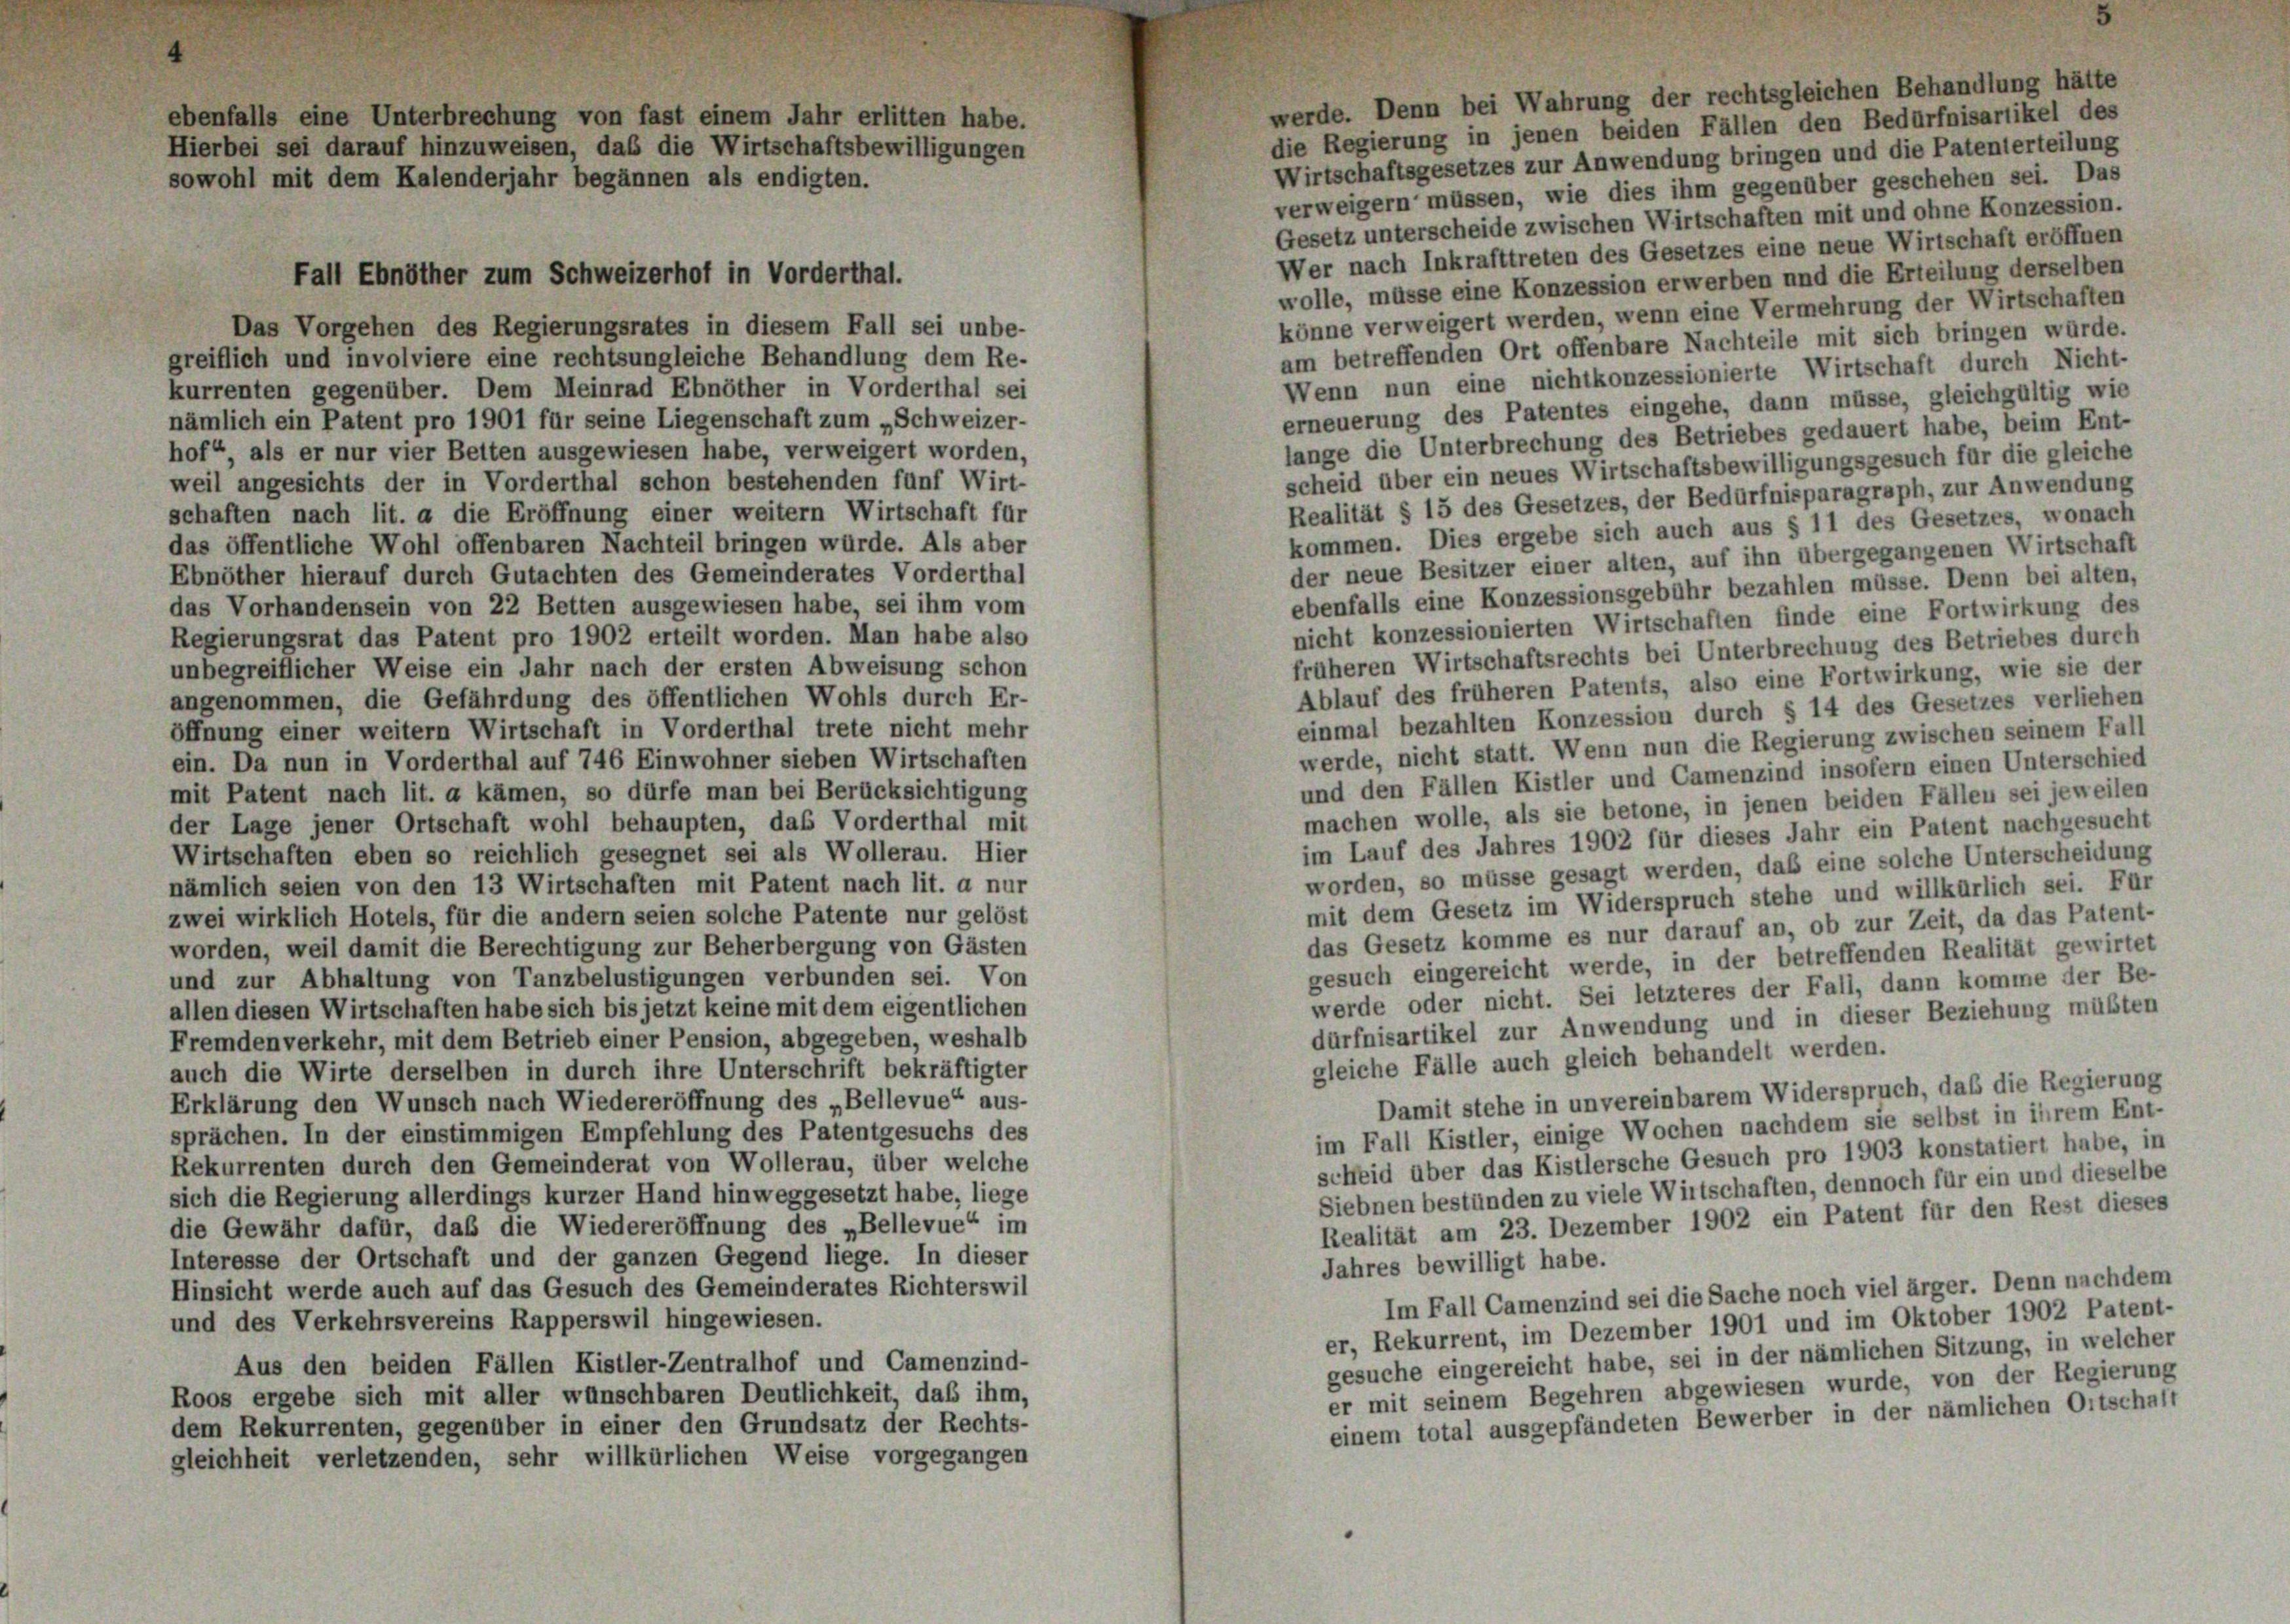
ebenfalls eine Unterbrechung von fast einem Jahr erlitten habe.
Hierbei sei darauf hinzuweisen, daß die Wirtschaftsbewilligungen
owohl mit dem Kalenderjahr begannen als endigten.

Fall Ebnöther zum Schweizerhof in Vorderthal.

sgleichen Behandlung hätte

die Regierung in jenen beiden Fällen den Bedürfnisartikel des
Wirtschaftsgesetzes zur Anwendung bringen und die Patenterteilung
verweigern müssen, wie dies ihm gegenüber geschehen sei. Das
Gesetz unterscheide zwischen Wirtschaften mit und ohne Konzession.
Wer nach Inkrafttreten des Gesetzes eine neue Wirtschaft eröffnen
wolle, müsse eine Konzession erwerben und die Erteilung derselben
könne verweigert werden, wenn eine Vermehrung der Wirtschaften
Das Vorgehen des Regierungsrates in diesem Fall sei unbe-
am betreffenden Ort offenbare Nachteile mit sich bringen würde.
greiflich und involviere eine rechtsungleiche Behandlung dem Re-
Wenn nun eine nichtkonzessionierte Wirtschaft durch Nicht-
kurrenten gegenüber. Dem Meinrad Ebnöther in Vorderthal sei
erneuerung des Patentes eingehe, dann müsse, gleichgültig wie
nämlich ein Patent pro 1901 für seine Liegenschaft zum „Schweizer-
lange die Unterbrechung des Betriebes gedauert habe, beim Ent-
hof“, als er nur vier Betten ausgewiesen habe, verweigert worden,
scheid über ein neues Wirtschaftsbewilligungsgesuch für die gleiche
weil angesichts der in Vorderthal schon bestehenden fünf Wirt-
Realität § 15 des Gesetzes, der Bedürfnisparagraph, zur Anwendung
schaften nach lit. a die Eröffnung einer weitern Wirtschaft für
kommen. Dies ergebe sich auch aus § 11 des Gesetzes, wonach
das öffentliche Wohl offenbaren Nachteil bringen würde. Als aber
der neue Besitzer einer alten, auf ihn übergegangenen Wirtschaft
Ebnöther hierauf durch Gutachten des Gemeinderates Vorderthal
ebenfalls eine Konzessionsgebühr bezahlen müsse. Denn bei alten,
das Vorhandensein von 22 Betten ausgewiesen habe, sei ihm vom
nicht konzessionierten Wirtschaften finde eine Fortwirkung des
Regierungsrat das Patent pro 1902 erteilt worden. Man habe also
früheren Wirtschaftsrechts bei Unterbrechung des Betriebes durch
unbegreiflicher Weise ein Jahr nach der ersten Abweisung schon
Ablauf des früheren Patents, also eine Fortwirkung, wie sie der
angenommen, die Gefährdung des öffentlichen Wohls durch Er-
einmal bezahlten Konzession durch § 14 des Gesetzes verlieben
öffnung einer weitern Wirtschaft in Vorderthal trete nicht mehr
werde, nicht statt. Wenn nun die Regierung zwischen seinem Fall
ein. Da nun in Vorderthal auf 746 Einwohner sieben Wirtschaften
und den Fällen Kistler und Camenzind insofern einen Unterschied
mit Patent nach lit. a kämen, so dürfe man bei Berücksichtigung
machen wolle, als sie betone, in jenen beiden Fällen sei jeweilen
der Lage jener Ortschaft wohl behaupten, das Vorderthal mit
im Lauf des Jahres 1902 für dieses Jahr ein Patent nachgesucht
Wirtschaften eben so reichlich gesegnet sei als Wollerau. Hier
worden, so müsse gesagt werden, daß eine solche Unterscheidung
nämlich seien von den 13 Wirtschaften mit Patent nach lit. a nur
mit dem Gesetz im Widerspruch stehe und willkürlich sei. Für
zwei wirklich Hotels, für die andern seien solche Patente nur gelöst
das Gesetz komme es nur darauf an, ob zur Zeit, da das Patent-
worden, weil damit die Berechtigung zur Beherbergung von Gästen
gesuch eingereicht werde, in der betreffenden Realität gewirtet
und zur Abhaltung von Tanzbelustigungen verbunden sei. Von
werde oder nicht. Sei letzteres der Fall, dann komme der Be-
allen diesen Wirtschaften habe sich bis jetzt keine mit dem eigentlichen
dürfnisartikel zur Anwendung und in dieser Beziehung müßten
Fremden verkehr, mit dem Betrieb einer Pension, abgegeben, weshalb
gleiche Fälle auch gleich behandelt werden.
auch die Wirte derselben in durch ihre Unterschrift bekräftigter
Damit stehe in unvereinbarem Widerspruch, daß die Regierung
Erklärung den Wunsch nach Wiedereröffnung des „Bellevue“ aus-
im Fall Kistler, einige Wochen nachdem sie selbst in ihrem Ent-
sprächen. In der einstimmigen Empfehlung des Patentgesuchs des
scheid über das Kistlersche Gesuch pro 1903 konstatiert habe, in
Rekurrenten durch den Gemeinderat von Wollerau, über welche
Siebnen bestünden zu viele Wirtschaften, dennoch für ein und dieselbe
sich die Regierung allerdings kurzer Hand hinweggesetzt habe, liege
Realität am 23. Dezember 1902 ein Patent für den Rest dieses
die Gewähr dafür, daß die Wiedereröffnung des „Bellevue“ im
Interesse der Ortschaft und der ganzen Gegend liege. In dieser
Jahres bewilligt habe.
Hinsicht werde auch auf das Gesuch des Gemeinderates Richterswil
Im Fall Camenzind sei die Sache noch viel ärger. Denn nachdem
und des Verkehrsvereins Rapperswil hingewiesen.
er, Rekurrent, im Dezember 1901 und im Oktober 1902 Patent-
gesuche eingereicht habe, sei in der nämlichen Sitzung, in welcher
Aus den beiden Fällen Kistler-Zentralhof und Camenzind-
er mit seinem Begehren abgewiesen wurde, von der Regierung
Roos ergebe sich mit aller wünschbaren Deutlichkeit, daß ihm,
einem total ausgepfändeten Bewerber in der nämlichen Ortschaft
dem Rekurrenten, gegenüber in einer den Grundsatz der Rechts-
gleichheit verletzenden, sehr willkürlichen Weise vorgegangen